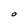
Character: O